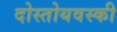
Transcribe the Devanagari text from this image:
दोस्तोयवस्की